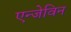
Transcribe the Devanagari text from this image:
एन्जेविन